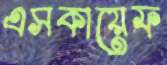
এসকায়েফ